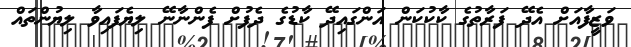
ވަޒީފާއަށް އެދޭ ފަރާތުގެ ކާކުކަން އަންގައިދޭ ކާޑުގެ ދެފުށް ފެންނާނޭ ލިޔެފައިވާ ލިޔުންތައް